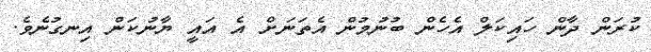
ކުރަން ދާން ހައިކަލް އެހެން ބުނުމުން އެތަަނަށް އެ އައީ ޔާނުކަން އިނގުނެވެ.